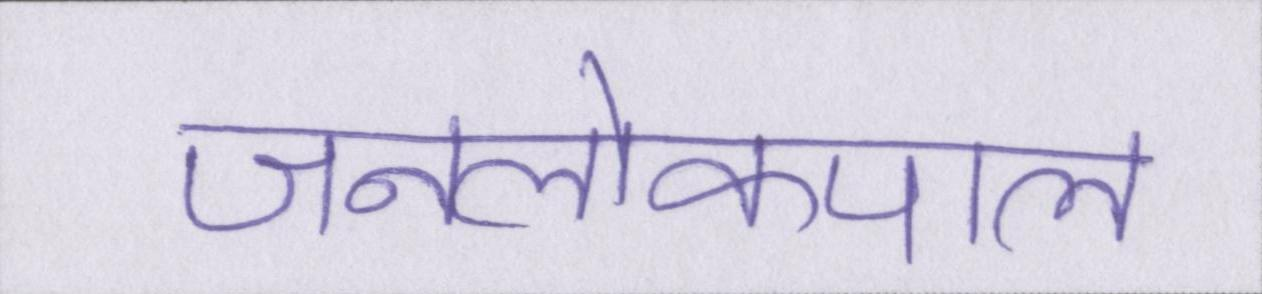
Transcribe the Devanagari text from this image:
जनलोकपाल